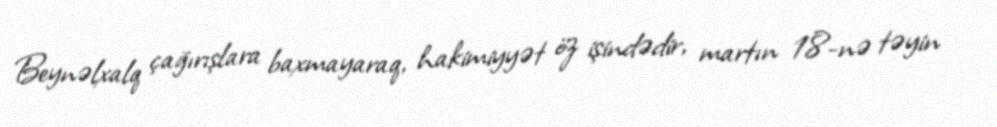
Beynəlxalq çağırışlara baxmayaraq, hakimiyyət öz işindədir, martın 18-nə təyin